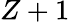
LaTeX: Z+1